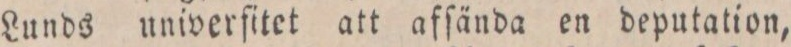
Lunds univerfitet att afſända en deputation,